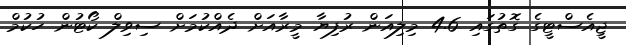
ޖީއެސްޓީގެ ގޮތުގައި 4.6 މިލިއަން ރުފިޔާ މީރާއަށް ދެއްކުމަށް ސިވިލް ކޯޓުން ހުކުމް